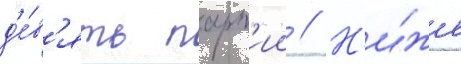
д'е́в'ять парт'ии // Н'и́же